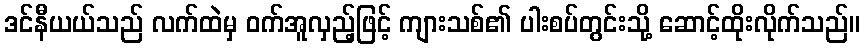
ဒင်နီယယ်သည် လက်ထဲမှ ဝက်အူလှည့်ဖြင့် ကျားသစ်၏ ပါးစပ်တွင်းသို့ ဆောင့်ထိုးလိုက်သည်။